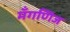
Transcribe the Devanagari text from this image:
मँगणिज